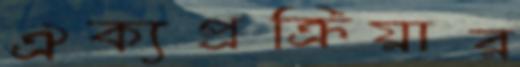
ঐক্যপ্রক্রিয়ার